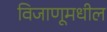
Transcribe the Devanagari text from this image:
विजाणूमधील